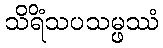
သိရိံသပသမ္ဖဿံ